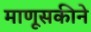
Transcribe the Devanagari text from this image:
माणूसकीने